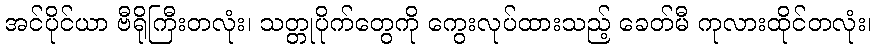
အင်ပိုင်ယာ ဗီရိုကြီးတလုံး၊ သတ္တုပိုက်တွေကို ကွေးလုပ်ထားသည့် ခေတ်မီ ကုလားထိုင်တလုံး၊